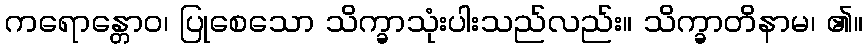
ကရောန္တောဝ၊ ပြုစေသော သိက္ခာသုံးပါးသည်လည်း။ သိက္ခာတိနာမ၊ ၏။